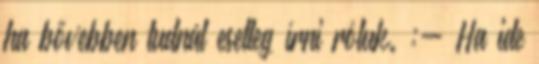
ha bővebben tudnál esetleg írni róluk. :- Ha ide